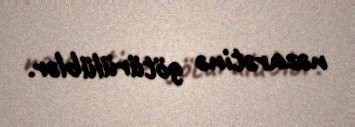
nəzarətinə götürülüblər.